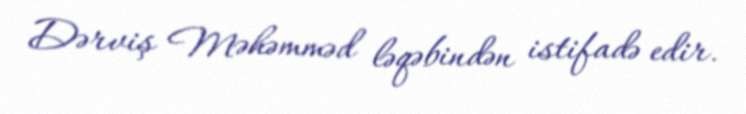
Dərviş Məhəmməd ləqəbindən istifadə edir.